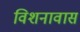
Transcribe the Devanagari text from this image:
विशनावास